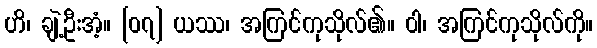
ဟိ၊ ချဲ့ဦးအံ့။ [၀၇] ယဿ၊ အကြင်ကုသိုလ်၏။ ဝါ၊ အကြင်ကုသိုလ်ကို။